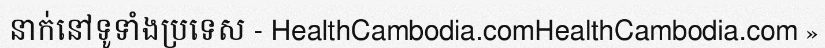
នាក់នៅទូទាំងប្រទេស - HealthCambodia.comHealthCambodia.com »